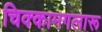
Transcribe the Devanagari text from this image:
चिक्कामगलारू